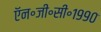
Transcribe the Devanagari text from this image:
ऍन॰जी॰सी॰१९९०